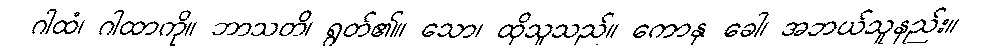
ဂါထံ၊ ဂါထာကို။ ဘာသတိ၊ ရွတ်၏။ သော၊ ထိုသူသည်။ ကောနု ခေါ၊ အဘယ်သူနည်း။